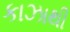
કાઝાથી